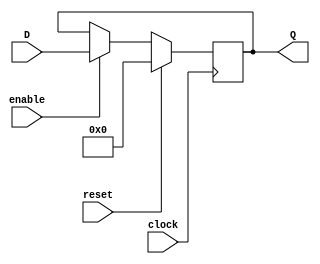
`timescale 1ns / 1ps
/*
 * Project      : University of Utah, XUM Project MIPS32 core
 * Creator(s)   : Grant Ayers (ayers@cs.utah.edu)
 *
 * Modification History:
 *   Rev   Date         Initials  Description of Change
 *   1.0   7-Jun-2011   GEA       Initial design.
 *
 * Standards/Formatting:
 *   Verilog 2001, 4 soft tab, wide column.
 *
 * Description:
 *   A variable-width register (d flip-flop) with configurable initial
 *   value. Default is 32-bit width and 0s for initial value.
 */
module Register #(parameter WIDTH = 32, INIT = 0)(
    input  clock,
    input  reset,
    input  enable,
    input  [(WIDTH-1):0] D,
    output reg [(WIDTH-1):0] Q
    );
        
    initial
        Q = INIT;

    always @(posedge clock) begin
        Q <= (reset) ? INIT : ((enable) ? D : Q);
    end

endmodule